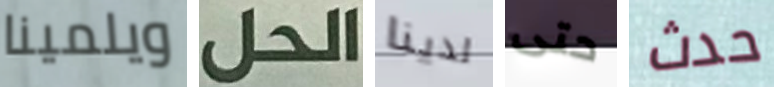
ويلمينا الحل لدينا حتى حدث